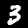
Label: 3